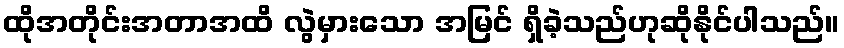
ထိုအတိုင်းအတာအထိ လွဲမှားသော အမြင် ရှိခဲ့သည်ဟုဆိုနိုင်ပါသည်။